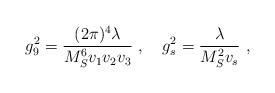
LaTeX: \begin{align*}g_9^{2} = {{(2 \pi)^4 \lambda} \over {M_S^6 v_1 v_2 v_3}}~, ~~~g_s^{2} = {\lambda \over {M_S^2 v_s}}~,\end{align*}